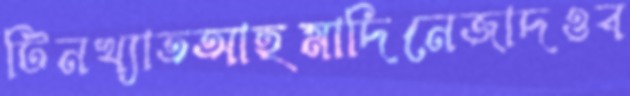
টিনখ্যাতআহমাদিনেজাদওব